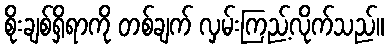
စိုးချစ်ရှိရာကို တစ်ချက် လှမ်းကြည့်လိုက်သည်။